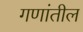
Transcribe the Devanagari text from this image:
गणांतील